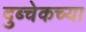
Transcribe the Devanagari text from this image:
दुब्चेकच्या